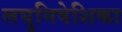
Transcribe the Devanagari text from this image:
लघुनिवेशिका